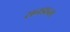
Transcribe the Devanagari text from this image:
सनडान्स